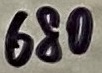
Text: 680